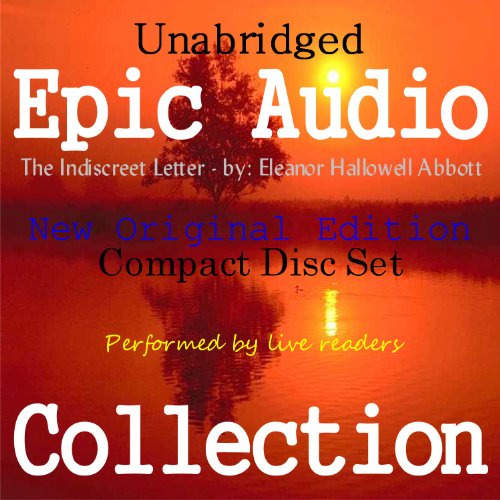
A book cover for The Indiscreet Letter [Epic Audio Collection]; Eleanor Hallowell Abbott; Crafts, Hobbies & Home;